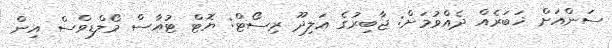
ސަންއަށް ޚަބަރެއް ދެއްވުމަށް: ޖާބިރުގެ އަލިދޫ ރިސޯޓް: ޔޮޓް ޓުއާސް މޯލްޑިވްސް އިން